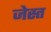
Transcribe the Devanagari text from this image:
जेस्त